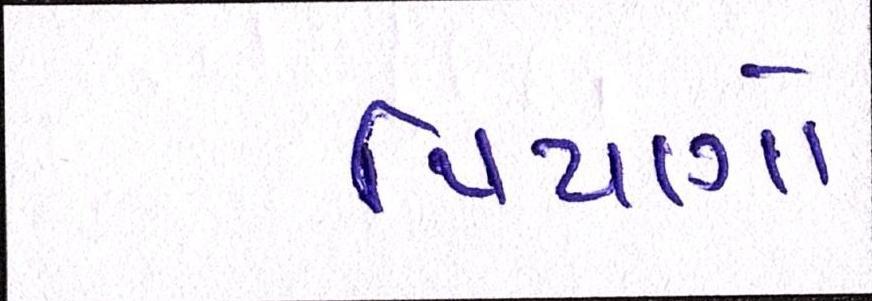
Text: પિયાગો